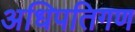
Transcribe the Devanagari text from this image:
अधिपतिगण